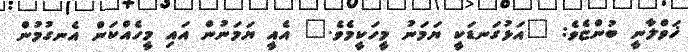
ޚަވްލާނީ ބުންޏެވެ: "އަޅުގަނޑަކީ ޔަމަނު މީހަކީމެވެ." އެއީ ޔަމަނުން އައި މީހެއްކަން އެނގުމުން